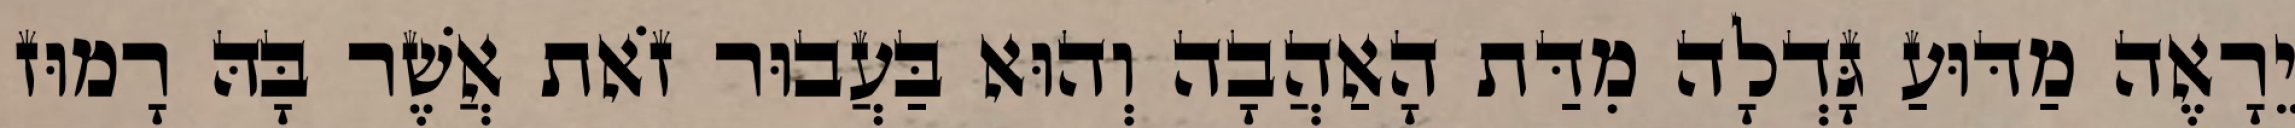
יֵרָאֶה מַדּוּעַ גָּדְלָה מִדַּת הָאַהֲבָה וְהוּא בַּעֲבוּר זֹאת אֲשֶׁר בָּהּ רָמוּז